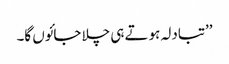
’’تبادلہ ہوتے ہی چلا جائوں گا۔